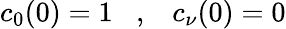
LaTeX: c_{0}(0)=1\; \; \; ,\; \; \; c_{\nu}(0)=0